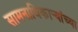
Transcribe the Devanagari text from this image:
सामनाधिकार्‍यांच्या